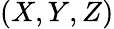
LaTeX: \left(X,Y,Z\right)